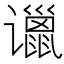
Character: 𲂗